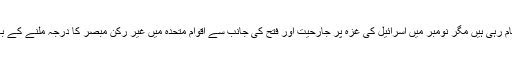
اس کے علاوہ دونوں کے درمیان علاقے کو تقسیم کرنے کی کوششیں بھی ناکام رہی ہیں مگر نومبر میں اسرائیل کی غزہ پر جارحیت اور فتح کی جانب سے اقوام متحدہ میں غیر رکن مبصر کا درجہ ملنے کے بعد دونوں کی جانب سے ایک متحدہ محاذ ظاہر کرنے کی کوشش کی گئی ہے۔